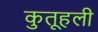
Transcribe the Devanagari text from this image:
कुतूहली